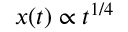
x ( t ) \propto t ^ { 1 / 4 }